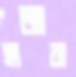
হাজারা